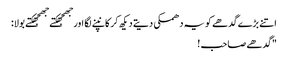
اتنے بڑے گدھے کو یہ دھمکی دیتے دیکھ کر کانپنے لگا اور جھجھکتے جھجھکتے بولا:
"گدھے صاحب !